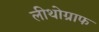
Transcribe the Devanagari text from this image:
लीथोग्राफ